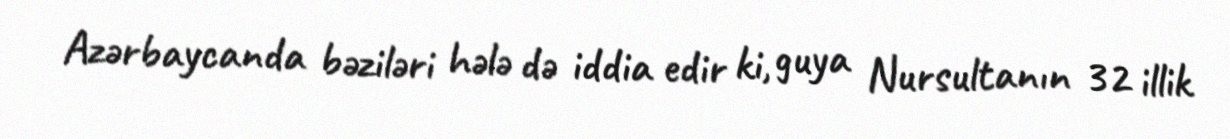
Azərbaycanda bəziləri hələ də iddia edir ki, guya Nursultanın 32 illik